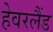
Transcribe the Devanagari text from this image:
हेवरलैंड